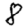
Digit: 8